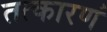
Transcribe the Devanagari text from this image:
तत्कारणं